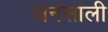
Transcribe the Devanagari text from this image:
जनसाली